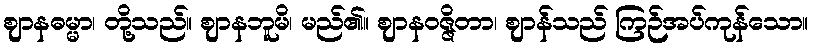
ဈာနဓမ္မာ၊ တို့သည်။ ဈာနဘူမိ၊ မည်၏။ ဈာနဝဇ္ဇိတာ၊ ဈာန်သည် ကြဉ်အပ်ကုန်သော။